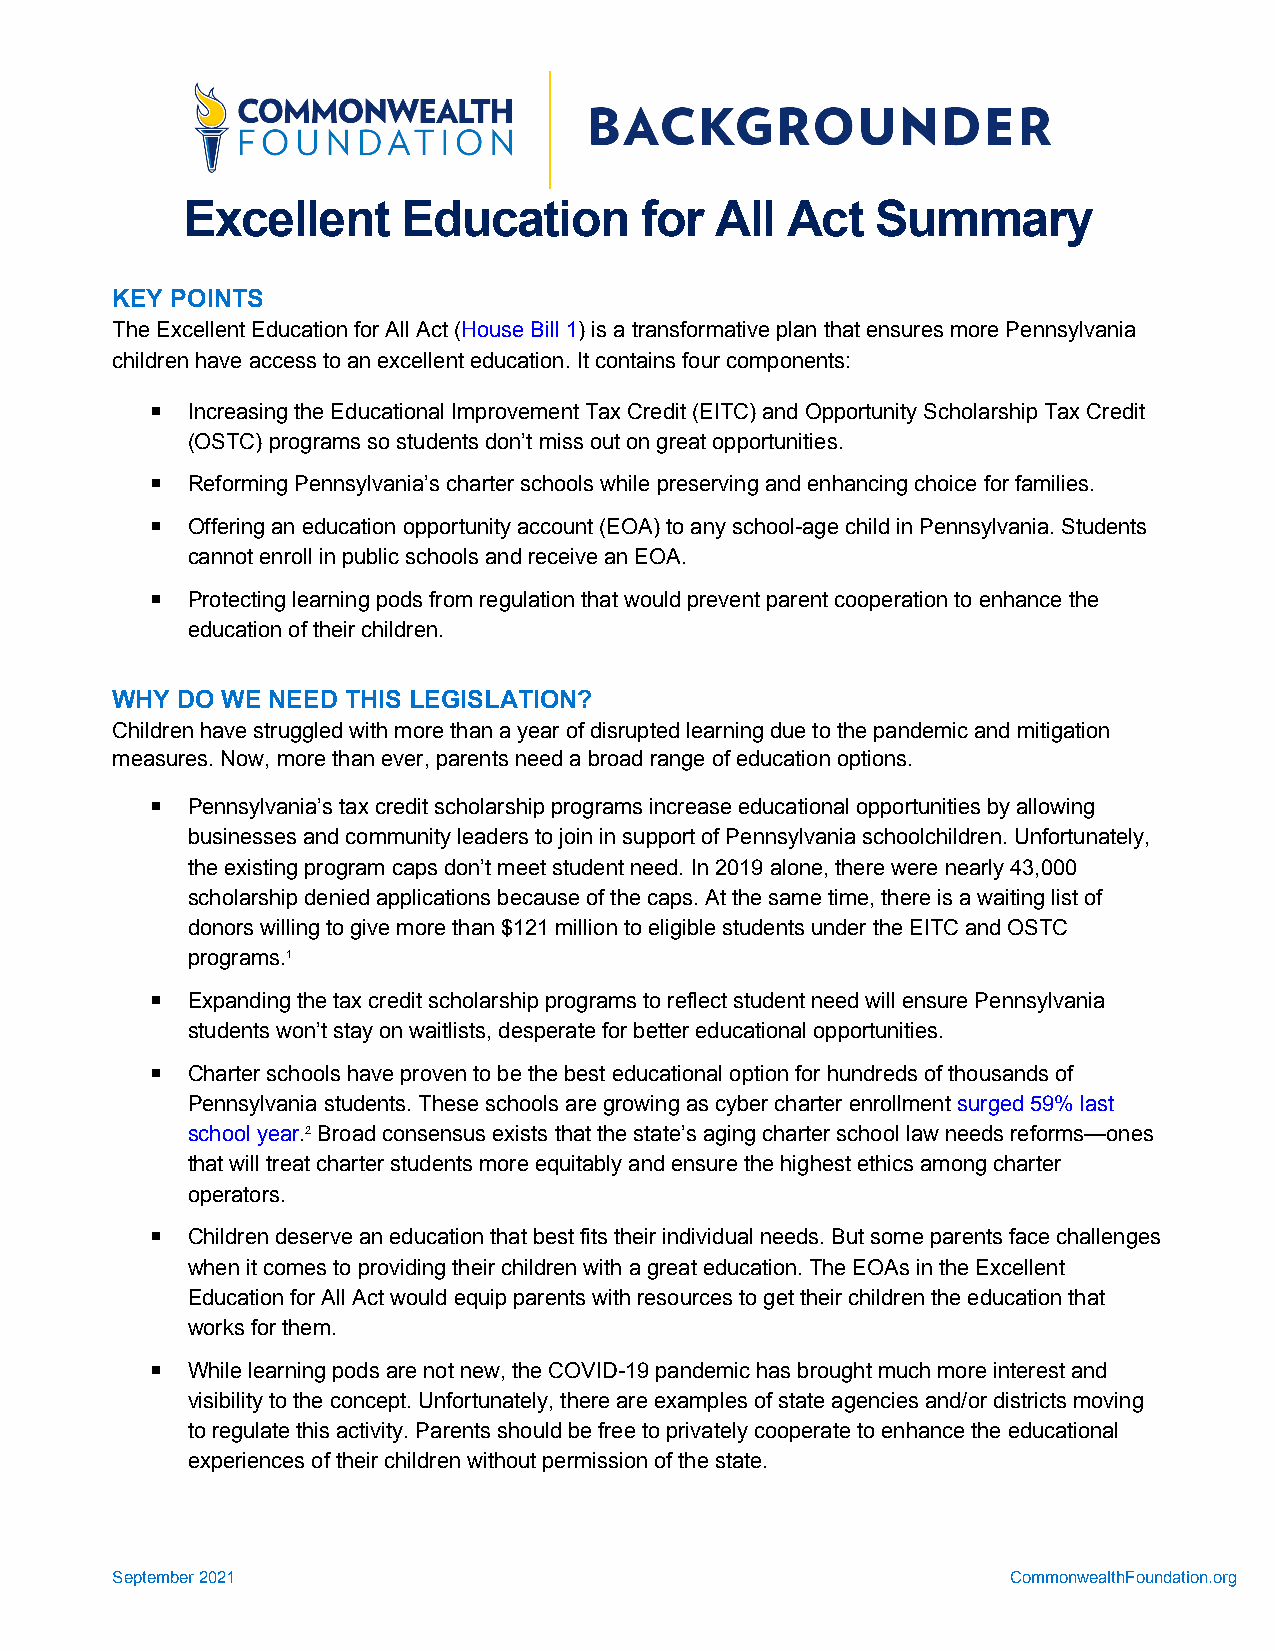
Excellent      Education      for  All  Act   Summary
 KEY POINTS
 The Excellent Education for All Act (House Bill 1) is a transformative plan that ensures more Pennsylvania
 children have access to an excellent education. It contains four components:
  Increasing the Educational Improvement Tax Credit (EITC) and Opportunity Scholarship Tax Credit
 (OSTC) programs so students don’t miss out on great opportunities.
  Reforming Pennsylvania’s charter schools while preserving and enhancing choice for families.
  Offering an education opportunity account (EOA) to any school-age child in Pennsylvania. Students
 cannot enroll in public schools and receive an EOA.
  Protecting learning pods from regulation that would prevent parent cooperation to enhance the
 education of their children.
 WHY  DO WE NEED THIS LEGISLATION?
 Children have struggled with more than a year of disrupted learning due to the pandemic and mitigation
 measures. Now, more than ever, parents need a broad range of education options.
  Pennsylvania’s tax credit scholarship programs increase educational opportunities by allowing
 businesses and community leaders to join in support of Pennsylvania schoolchildren. Unfortunately,
 the existing program caps don’t meet student need. In 2019 alone, there were nearly 43,000
 scholarship denied applications because of the caps. At the same time, there is a waiting list of
 donors willing to give more than $121 million to eligible students under the EITC and OSTC
 programs.1
  Expanding the tax credit scholarship programs to reflect student need will ensure Pennsylvania
 students won’t stay on waitlists, desperate for better educational opportunities.
  Charter schools have proven to be the best educational option for hundreds of thousands of
 Pennsylvania students. These schools are growing as cyber charter enrollment surged 59% last
 school year.2 Broad consensus exists that the state’s aging charter school law needs reforms—ones
 that will treat charter students more equitably and ensure the highest ethics among charter
 operators.
  Children deserve an education that best fits their individual needs. But some parents face challenges
 when it comes to providing their children with a great education. The EOAs in the Excellent
 Education for All Act would equip parents with resources to get their children the education that
 works for them.
  While learning pods are not new, the COVID-19 pandemic has brought much more interest and
 visibility to the concept. Unfortunately, there are examples of state agencies and/or districts moving
 to regulate this activity. Parents should be free to privately cooperate to enhance the educational
 experiences of their children without permission of the state.
 September 2021                                              CommonwealthFoundation.org